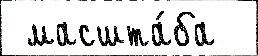
 масшта́ба